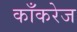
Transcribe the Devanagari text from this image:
काँकरेज